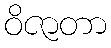
ဝိဇာတာ